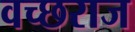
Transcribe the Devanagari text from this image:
वच्छराज